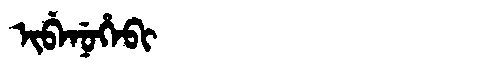
Manchu: ᡳᠪᡝᠨᡠᡥᡝᠪᡳ
Romanization: IBENUHEBI